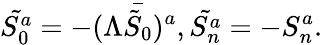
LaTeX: \tilde{S_{0}^{a}}=-(\Lambda\bar{\tilde{S}_{0}})^{a},\tilde{S_{n}^{a}}=-S_{n}^{a}.